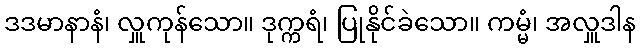
ဒဒမာနာနံ၊ လှူကုန်သော။ ဒုက္ကရံ၊ ပြုနိုင်ခဲသော။ ကမ္မံ၊ အလှူဒါန